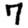
Digit: 7